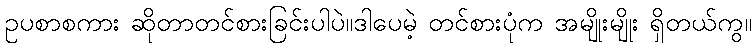
ဥပစာစကား ဆိုတာတင်စားခြင်းပါပဲ။ဒါပေမဲ့ တင်စားပုံက အမျိုးမျိုး ရှိတယ်ကွ။